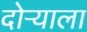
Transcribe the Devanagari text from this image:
दोऱ्याला